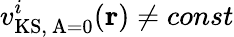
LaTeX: {v_{\mathrm{KS,~A=0}}^{i}(\mathbf{r})}\neq{const}